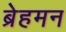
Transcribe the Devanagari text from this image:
ब्रेहमन